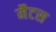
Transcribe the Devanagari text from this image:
मैटस